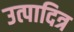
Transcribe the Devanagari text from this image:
उत्पादित्र